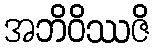
အဘိဝိဿဇိ